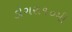
ડોગરા૧૦મી